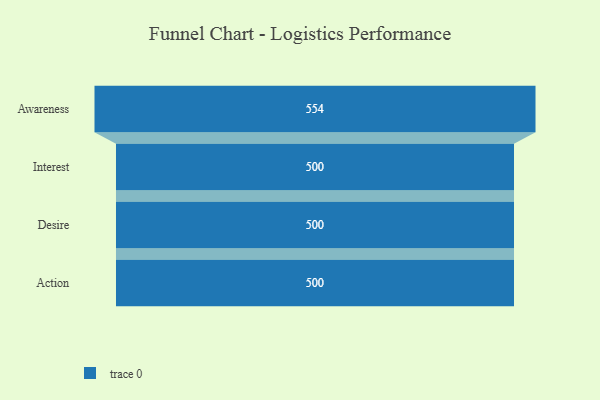
{"axis": {"x": "Stage", "y": "Value"}, "legend": [""], "data": [{"x": "Awareness", "y": 554.0, "type": ""}, {"x": "Interest", "y": 500, "type": ""}, {"x": "Desire", "y": 500, "type": ""}, {"x": "Action", "y": 500, "type": ""}]}